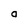
Character: O